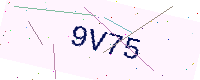
Text: 9V75